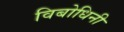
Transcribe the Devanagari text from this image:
विबोधिनी